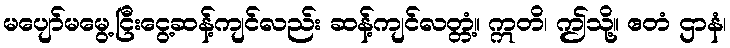
မပျော်မမွေ့ငြီးငွေ့ဆန့်ကျင်လည်း ဆန့်ကျင်လတ္တံ့။ ဣတိ၊ ဤသို့။ ဧတံ ဌာနံ၊